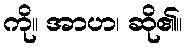
ကို။ အာဟ၊ ဆို၏။